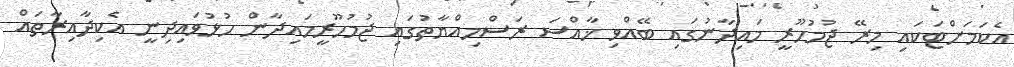
އެކަމަށްޓަކައި މިރޭ ޖުމުހޫރީ މައިދާނުގައި ބޭއްވި ޚާއްސަ ރަސްމިއްޔާތުގައި ޖުމުހޫރީމައިދާން ހުޅުވައިދިނީ އެކިދާއިރާތައް